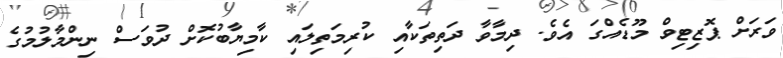
ވަރަށް ޕޮޒިޓިވް މޫޑެއްގަ އެވެ. ދިމާވާ ދަތިތަކާއި ކުރިމަތިލައި ކާމިޔާބުކޮށް ދުވަސް ނިންމާލުމުގެ